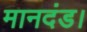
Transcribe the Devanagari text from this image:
मानदंड।